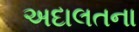
અદાલતના